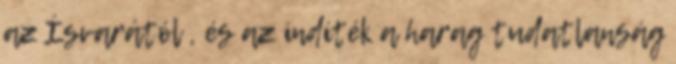
az Ísvarától , és az indíték a harag tudatlanság